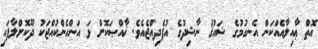
އޮތް ޢާއިލާއެއްކަން އެނގުމުގެ ޝައުޤު ނާޝިދުގެ އުފެދިއްޖެއެވެ. ޚާއްޞަކޮށް ޅަ އަންހެންކުއްޖަކު ދޫކޮށްލާފައި